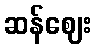
ဆန်ဈေး